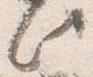
此